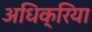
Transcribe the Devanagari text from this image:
अधिक्रिया